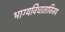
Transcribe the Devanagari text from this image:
भाग्यविधाताविजय